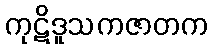
ကုဋိဒူသကဇာတက